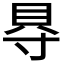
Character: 𮙮